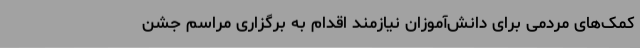
کمک‌های مردمی برای دانش‌آموزان نیازمند اقدام به برگزاری مراسم جشن